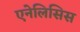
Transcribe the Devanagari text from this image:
एनेलिसिस